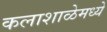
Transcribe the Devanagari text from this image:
कलाशाळेमध्ये